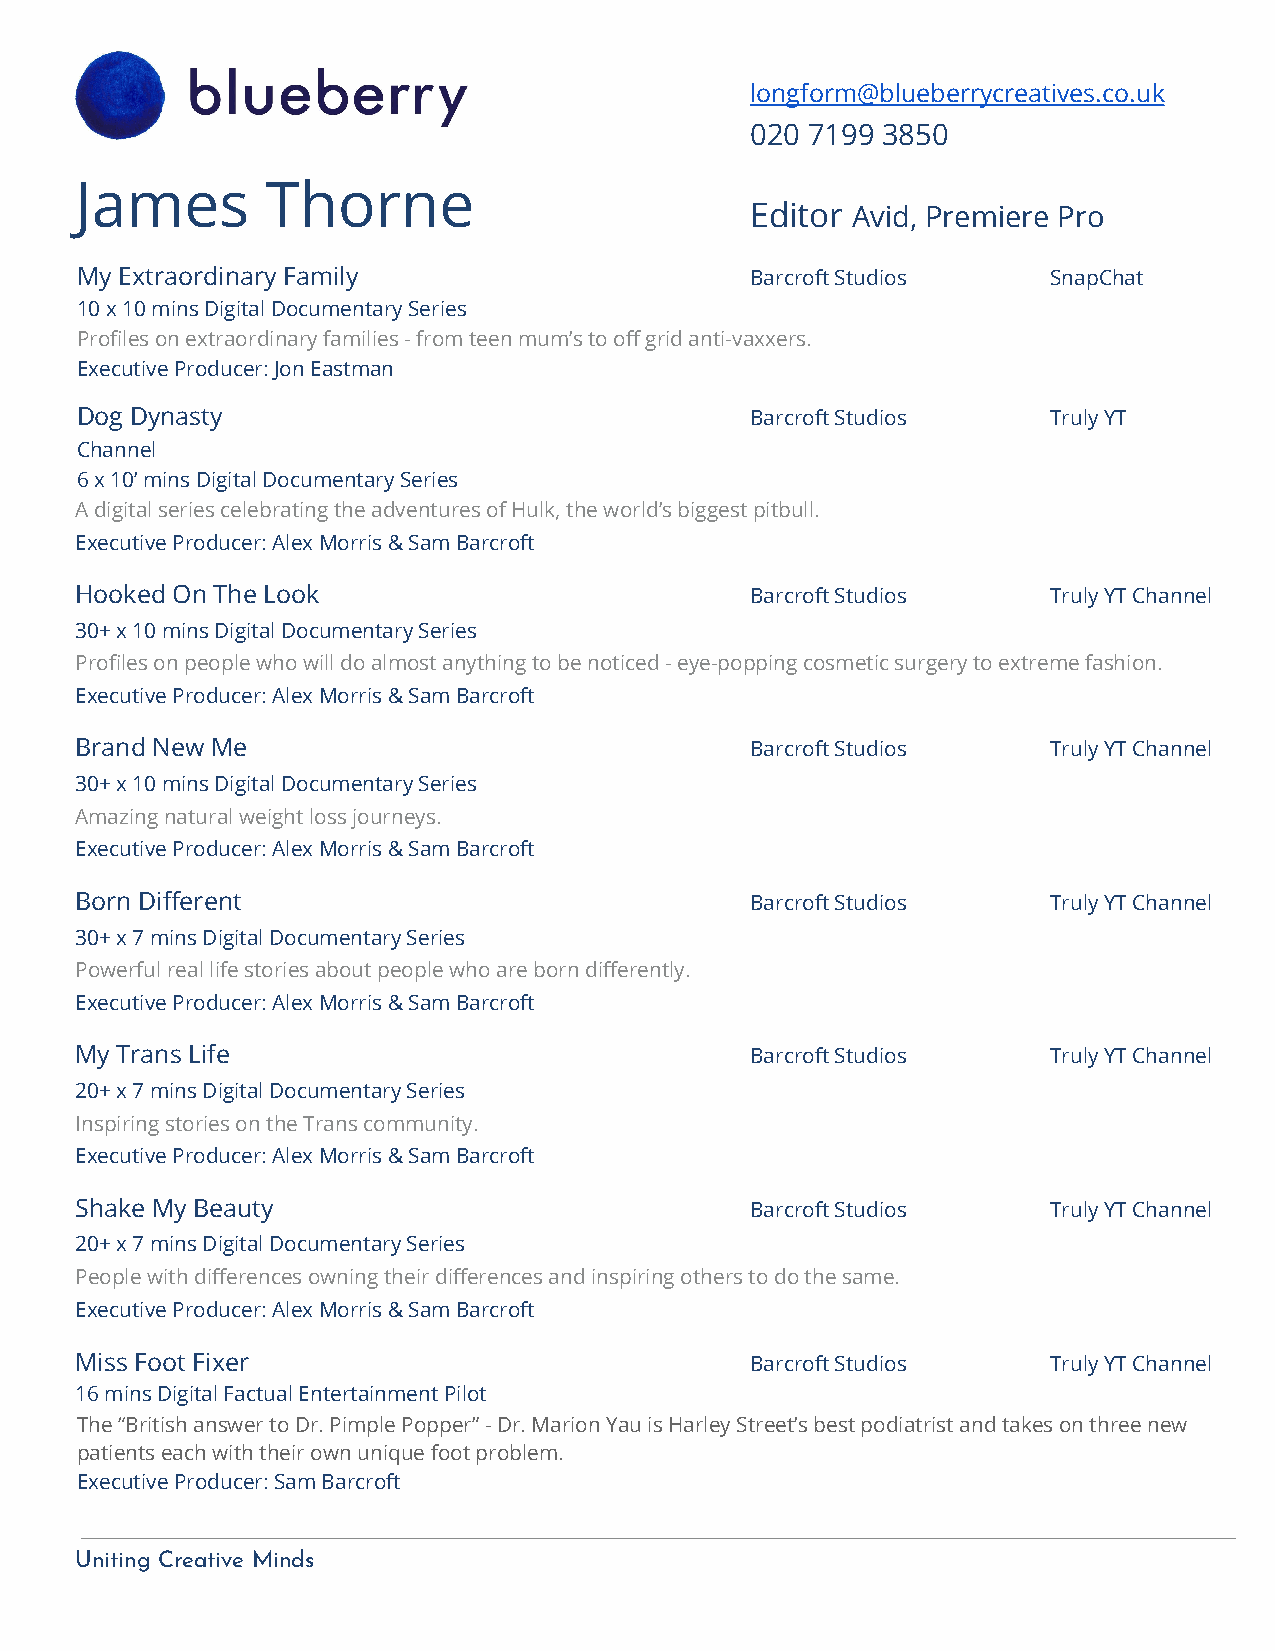
longform@blueberrycreatives.co.uk
 020 7199 3850
 James        Thorne
 Editor Avid, Premiere Pro
 My Extraordinary Family                      Barcroft Studios    SnapChat
 10 x 10 mins Digital Documentary Series
 Profiles on extraordinary families - from teen mum’s to off grid anti-vaxxers.
 Executive Producer: Jon Eastman
 Dog Dynasty                                  Barcroft Studios    Truly YT
 Channel
 6 x 10’ mins Digital Documentary Series
 A digital series celebrating the adventures of Hulk, the world’s biggest pitbull.
 Executive Producer: Alex Morris & Sam Barcroft
 Hooked On The Look                           Barcroft Studios    Truly YTChannel
 30+ x 10 mins Digital Documentary Series
 Profiles on people who will do almost anything to be noticed - eye-popping cosmetic surgery to extreme fashion.
 Executive Producer: Alex Morris & Sam Barcroft
 Brand New Me                                 Barcroft Studios    Truly YT Channel
 30+ x 10 mins Digital Documentary Series
 Amazing natural weight loss journeys.
 Executive Producer: Alex Morris & Sam Barcroft
 Born Different                               Barcroft Studios    Truly YT Channel
 30+ x 7 mins Digital Documentary Series
 Powerful real life stories about people who are born differently.
 Executive Producer: Alex Morris & Sam Barcroft
 My Trans Life                                Barcroft Studios    Truly YT Channel
 20+ x 7 mins Digital Documentary Series
 Inspiring stories on the Trans community.
 Executive Producer: Alex Morris & Sam Barcroft
 Shake My Beauty                              Barcroft Studios    Truly YTChannel
 20+ x 7 mins Digital Documentary Series
 People with differences owning their differences and inspiring others to do the same.
 Executive Producer: Alex Morris & Sam Barcroft
 Miss Foot Fixer                              Barcroft Studios    Truly YT Channel
 16 mins Digital Factual Entertainment Pilot
 The “British answer to Dr. Pimple Popper” - Dr. Marion Yau is Harley Street’s best podiatrist and takes on three new
 patients each with their own unique foot problem.
 Executive Producer: Sam Barcroft
 Uniting Creative Minds